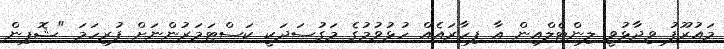
މައުރޫފު ވިދާޅުވީ ލިންޓެލްއިން އާ ފިހާރައެއް ހުޅުވުމުގެ މަގުސަދަކީ ކަސްޓަމަރުންނަށް ފުރިހަމަ "ޝޮޕިން